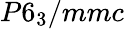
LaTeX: P6_{3}/mmc